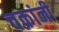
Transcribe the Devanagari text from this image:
चक्रांनी